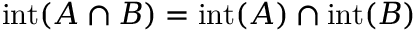
\operatorname { i n t } ( A \cap B ) = \operatorname { i n t } ( A ) \cap \operatorname { i n t } ( B )